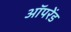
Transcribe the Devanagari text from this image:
ऑपरेंड